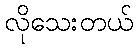
လိုသေးတယ်